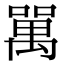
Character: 𠾧